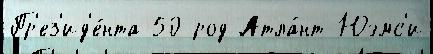
Пр'ез'ид'е́нта 50 род Атла́нт-Юэмс'и